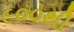
૯૦૦થી